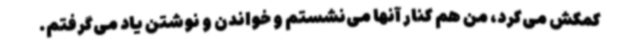
کمکش می‌کرد، من هم کنار آنها می‌نشستم و خواندن و نوشتن یاد می‌گرفتم.